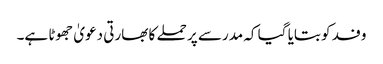
وفد کو بتایا گیا کہ مدرسے پر حملے کا بھارتی دعویٰ جھوٹا ہے۔